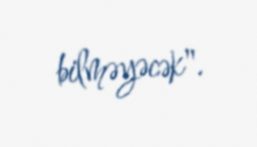
bilməyəcək".